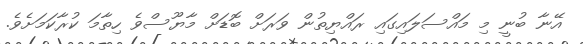
އޭނާ ބުނީ މި މައްސަލައިގައި ރައްޔިތުން ވަރަށް ބޮޑަށް މާޔޫސްވެ ހިތާމަ ކުރާކަމަށެވެ.